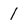
Character: 1